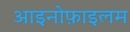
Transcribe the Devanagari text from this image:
आइनोफ़ाइलम